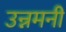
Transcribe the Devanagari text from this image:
उन्नमनी